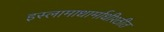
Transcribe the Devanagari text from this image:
इस्लामाधार्माधीश्ठीत